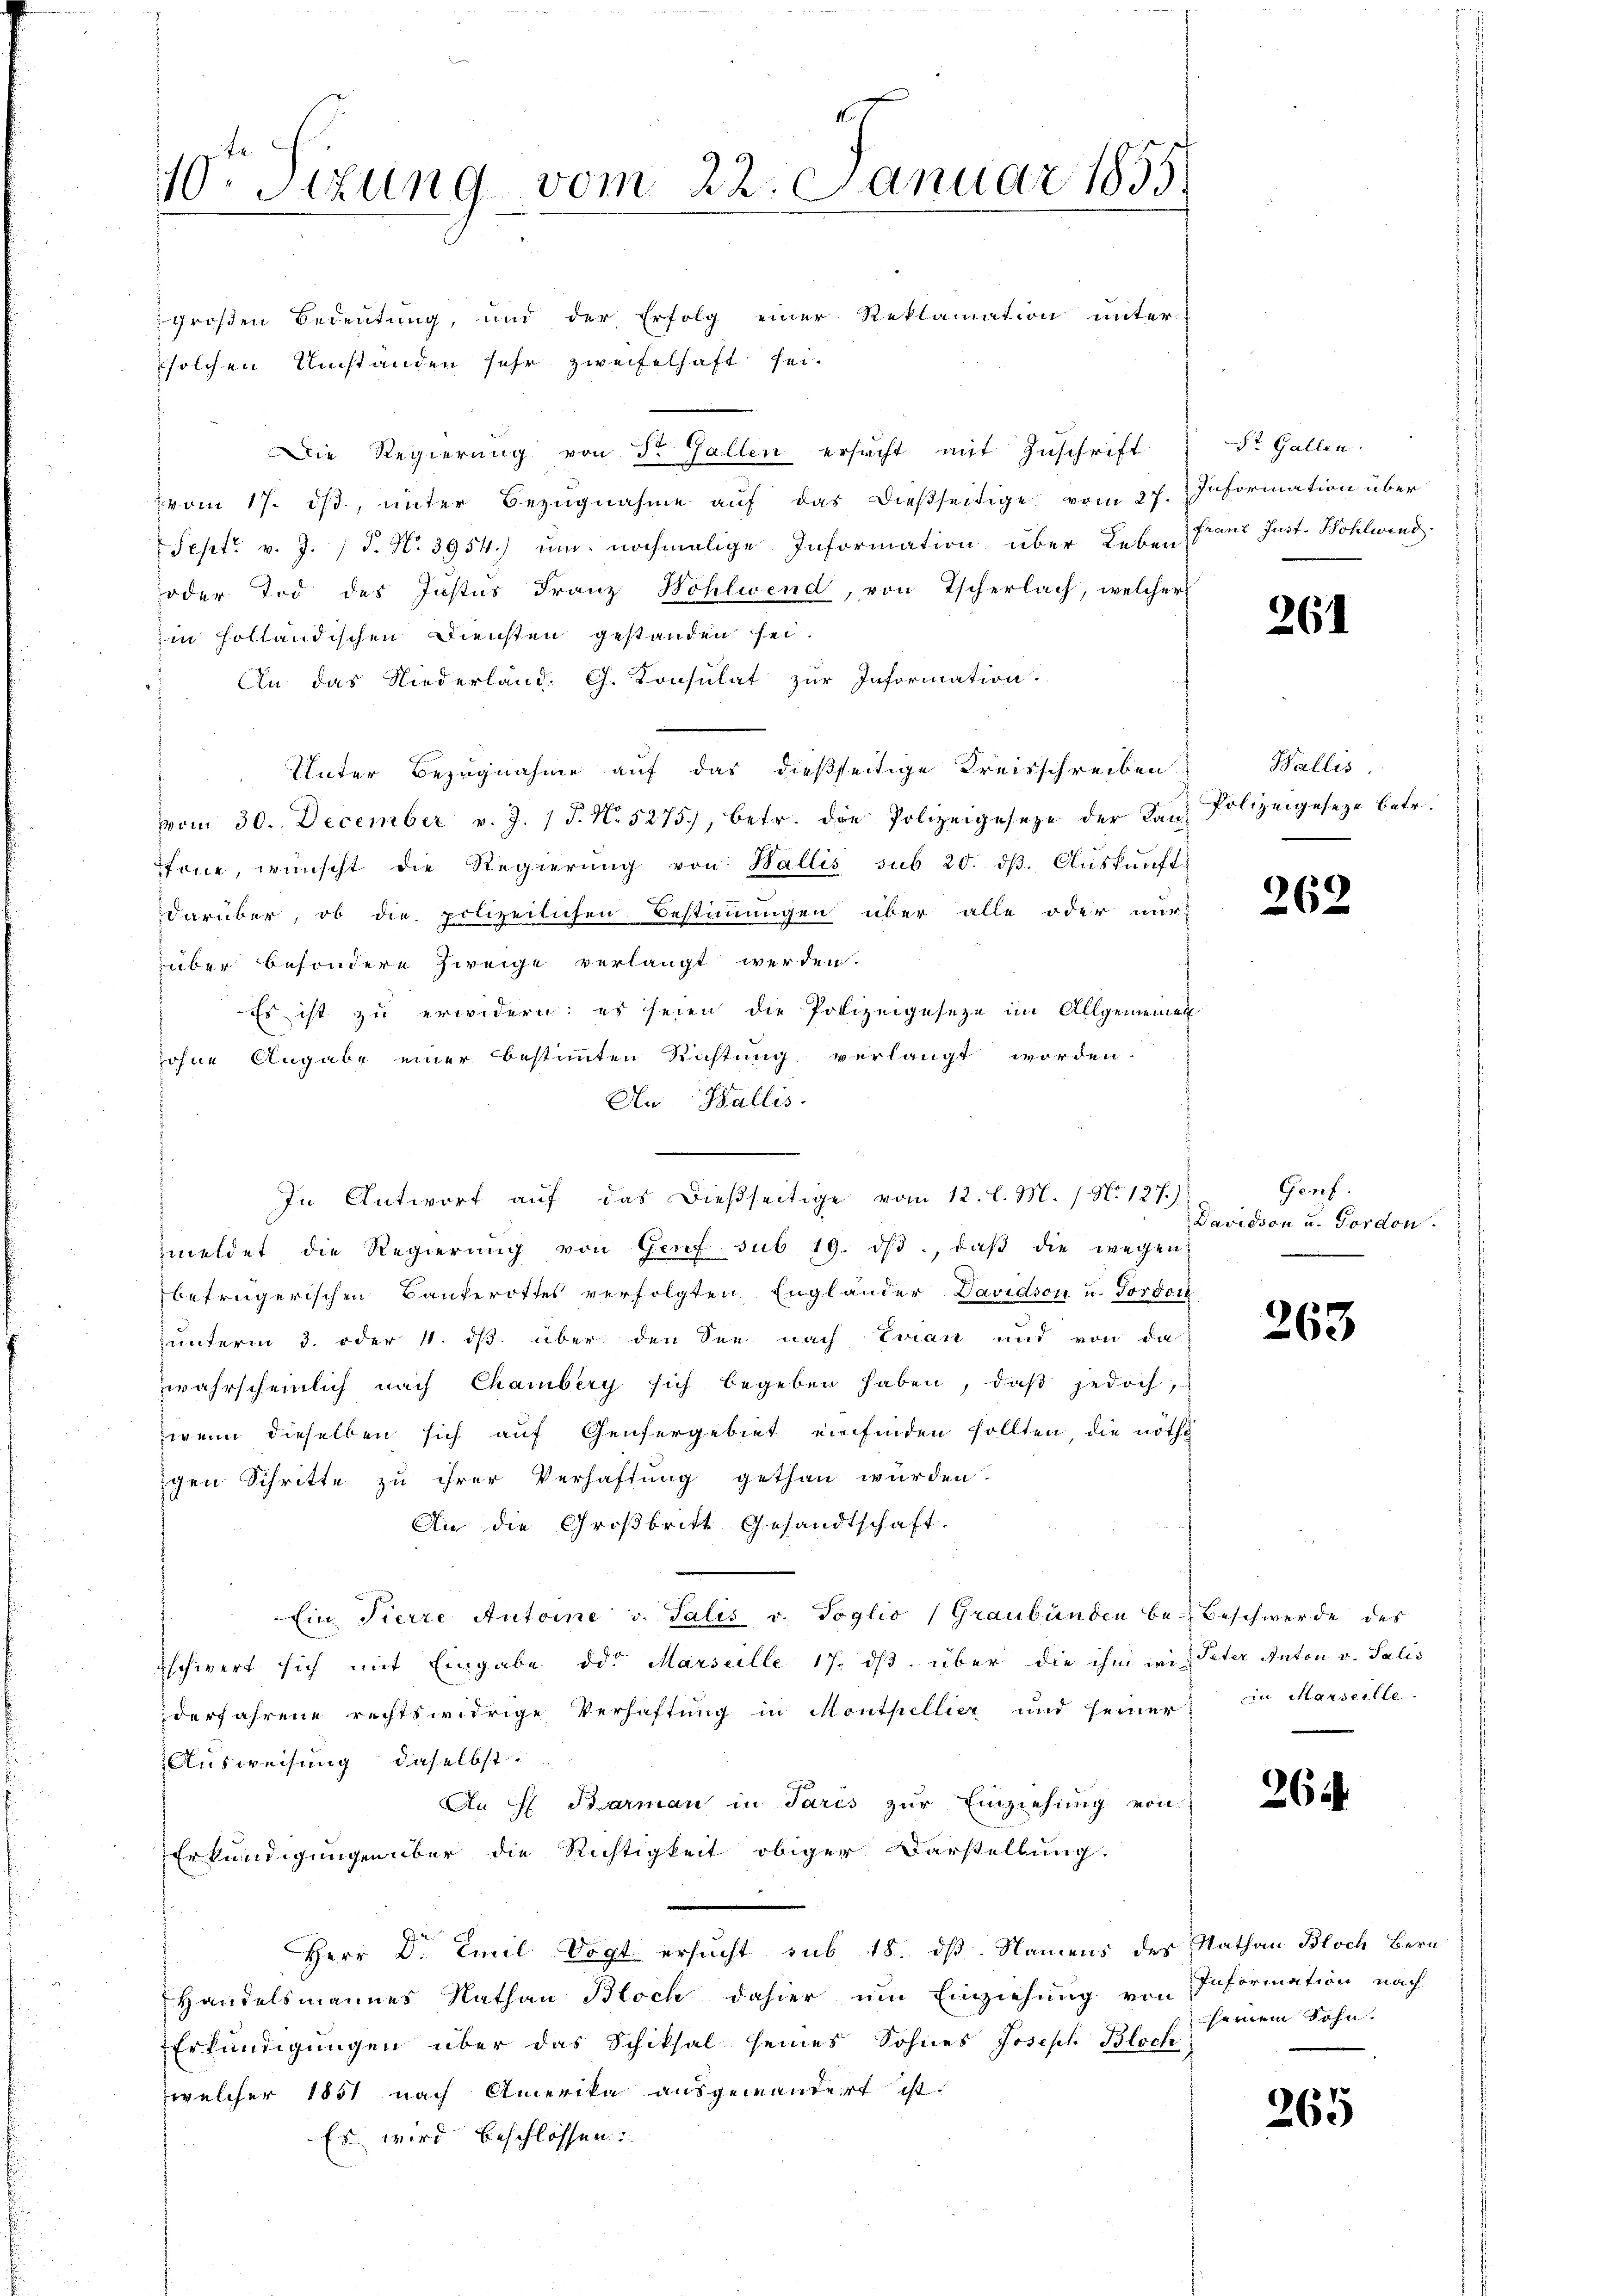
1
10. Sizung vom 22. Januar 1855.

großen Bedeutung, und der Erfolg einer Reklamation unter
solchen Umstanden sehr zweifelhaft sei.
Die Regierung von der Gallen ersucht mit Zuschrift
vom 17. dβ, unter Bezugnahme aŭf das dießseitige vom 27. Information über
 Sept v. J. P. N. 3954.) um nochmalige Information über Leben
oder Tod des Justus Franz Wohlwend, von Tscherlach, welcher
in holländischen Diensten gestanden sei.
An das Niederland. Ch. Konsulat zur Information.
Unter Bezugnahme auf das dießseitige Kreisschreiben
vvom 30. December v. J. J. N. 5275), betr. die Polizeigeseze der Kanz
tone, wünscht die Regierŭng von Wallis sub 20. dβ. Aŭskŭnft
darüber, ob die polizeilichen Bestimmungen über alle oder nur
über besondere Zweige verlangt werden.
Es ist zu erwidern: es seien die Polizeigeseze im Allgemeinen
sohne Angabe einer bestimmten Richtung verlangt worden.
An Wallis.
meldet die Regierŭng von Genf sub 19. dβ, daβ die wegen
betrügerischen Bankerottes verfolgten Engländer Davidson u. Tordoch
unterm 3. oder 4. ds. über den See nach Evian und von da
wahrscheinlich nach Chambery sich begeben haben, daß jedoch,
wenn dieselben sich auf Genfergebiet einfinden sollten, die nöthi
igen Schritte zu ihrer Verhaftung gethan wurden.
An die Großbritt Gesandtschaft.
Ein Tierre Antoine v. Salis v. Toglio Graubünden be- Beschwerde des
schwert sich mit Eingabe des Marseille 17. ds. über die ihm wie Peter Anton v. Salis
derfahrene rechtswidrige Verhaftung in Monthellier und seiner in Marseille.
Ausweisung, daselbst.
An H. Barman in Paris zur Einziehung von
Erkundigungen über die Richtigkeit obiger Darstellung.
Herr Dr. Emil Vogt ersucht sub 18. dß. Namens des Nathan Bloch Bern
Handelsmannes Nathan Bloch dahier um Einziehung von Information nach
Erkundigungen über das Schiksal seines Sohnes Joseph Bloch
welcher 1851 nach Amerika ausgewandert ist.
Es wird beschlossen:

In Antwort auf das dießseitige vom 12. l. M. / N. 127.)

St. Gallen.
Franz Just. Wohlwind

26

Wallis
Polizeigeseze betr.

262

Genf.
Davidson u. Forden.

263

264.

seinem Sohn.

265